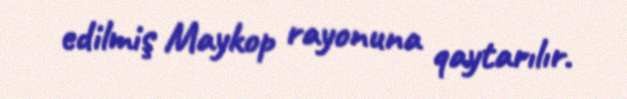
edilmiş Maykop rayonuna qaytarılır.